Report on the administration of the Government Cinchona Department 1892-98
Year: 1892
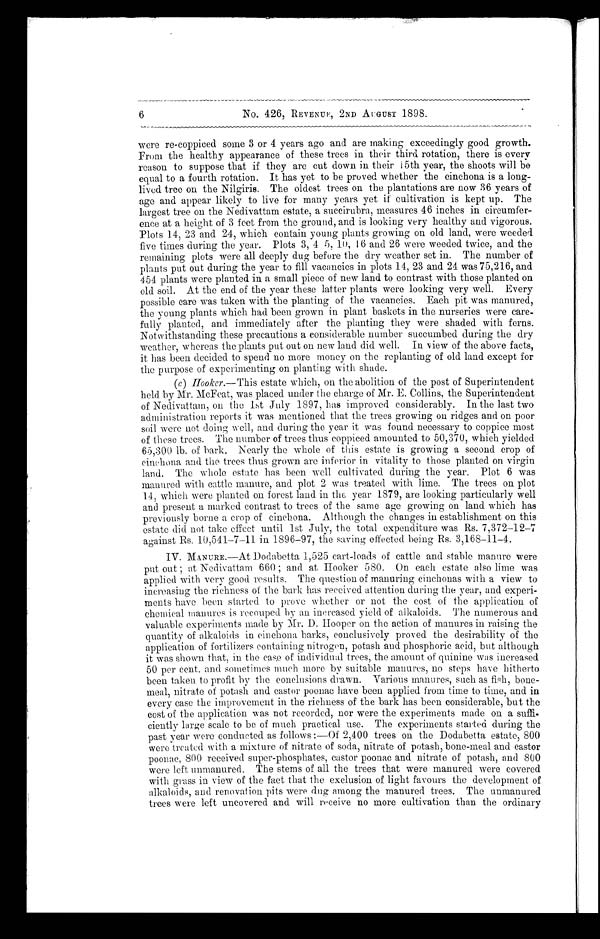
6
No. 426, REVENUE, 2ND AUGUST 1898.
were re-coppiced some 3 or 4 years ago and are making exceedingly good growth.
From the healthy appearance of these trees in their third rotation, there is every
reason to suppose that if they are cut down in their 15th year, the shoots will be
equal to a fourth rotation. It has yet to be proved whether the cinchona is a long-
lived tree on the Nilgiris. The oldest trees on the plantations are now 36 years of
age and appear likely to live for many years yet if cultivation is kept up. The
largest tree on the Nedivattam estate, a succirubra, measures 46 inches in circumfer-
ence at a height of 3 feet from the ground., and is looking very healthy and vigorous.
Plots 14, 23 and 24, which contain young plants growing on old land, were weeded
five times during the year. Plots 3, 4 5, 10, 16 and 26 were weeded twice, and the
remaining plots were all deeply dug before the dry weather set in. The number of
plants put out during the year to fill vacancies in plots 14, 23 and 24 was 75,216, and
454 plants were planted in a small piece of new land to contrast with those planted on
old soil. At the end of the year these latter plants were looking very well. Every
possible care was taken with the planting of the vacancies. Each pit was manured,
the young plants which had been grown in plant baskets in the nurseries were care-
fully planted, and immediately after the planting they were shaded with ferns.
Notwithstanding these precautions a considerable number succumbed during the dry
weather, whereas the plants put out on new land did well. In view of the above facts,
it has been decided to spend no more money on the replanting of old land except for
the purpose of experimenting on planting with shade.
(c ) Hooker.—This estate which, on the abolition of the post of Superintendent
held by Mr. McFeat, was placed under the charge of Mr. E. Collins, the Superintendent
of Nedivattam, on the 1st July 1897, has improved considerably. In the last two
administration reports it was mentioned that the trees growing on ridges and on poor
soil were not doing well, and during the year it was found necessary to coppice most
of these trees. The number of trees thus coppiced amounted to 50,370, which yielded
65,309 lb, of bark. Nearly the whole of this estate is growing a second crop of
cinchona, and the trees thus grown are inferior in vitality to those planted on virgin
land. The whole estate has been well cultivated during the year. Plot 6 was
manured with cattle manure, and plot 2 was treated with lime. The trees on plot
14, which were planted on forest land in the year 1879, are looking particularly well
and present a marked contrast to trees of the same age growing on land which has
previously borne a crop of cinchona. Although the changes in establishment on this
estate did not take effect until 1st July, the total expenditure was Rs. 7,372–12–7
against Rs. 10,541–7–11 in 1896–97, the saving effected being Rs. 3,168–11–4.
IV. MANURE.—At Dodabetta 1,525 cart-loads of cattle and stable manure were
put out ; at Nedivattam 660 ; and at Hooker 580. On each estate also lime was
applied with very good results. The question of manuring cinchonas with a view to
increasing the richness of the bark has received attention during the year, and experi-
ments have been started to prove whether or not the cost of the application of
chemical manures is recouped by an increased yield of alkaloids. The numerous and
valuable experiments made by D. Hooper on the action of manures in raising the
quantity of alkaloids in cinchona barks, conclusively proved the desirability of the
application of fertilizers containing nitrogen, potash and phosphoric acid, but although
it was shown that, in the cased of individual trees, the amount of quinine was increased
50 per cent. and sometimes much more by suitable manures, no steps have hitherto
been taken to profit by the conclusions drawn. Various manures, such as fish, bone-
meal, nitrate of potash and castor poonac have been applied from time to time, and in
every case the improvement in the richness of the bark has been considerable, but the
cost of the application was not recorded, nor were the experiments made on a suffi-
ciently large scale to be of much practical use. The experiments started during the
past year were conducted as follows :—Of 2,400 trees on the Dodabetta estate, 800
were treated with a mixture of nitrate of soda, nitrate of potash, bone-meal and castor
poonac, 800 received super-phosphates, castor poonac and nitrate of potash, and 800
were left unmanured. The stems of all the trees that were manured were covered
with grass in view of the fact that the exclusion of light favours the development of
alkaloids, and renovation pits were dug among the manured trees. The unmanured
trees were left uncovered and will receive no more cultivation than the ordinary